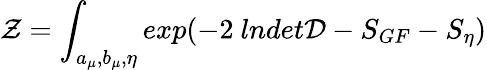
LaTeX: {\cal Z}=\int_{a_{\mu},b_{\mu},\eta}exp(-2~lndet{\cal D}-S_{GF}-S_{\eta})